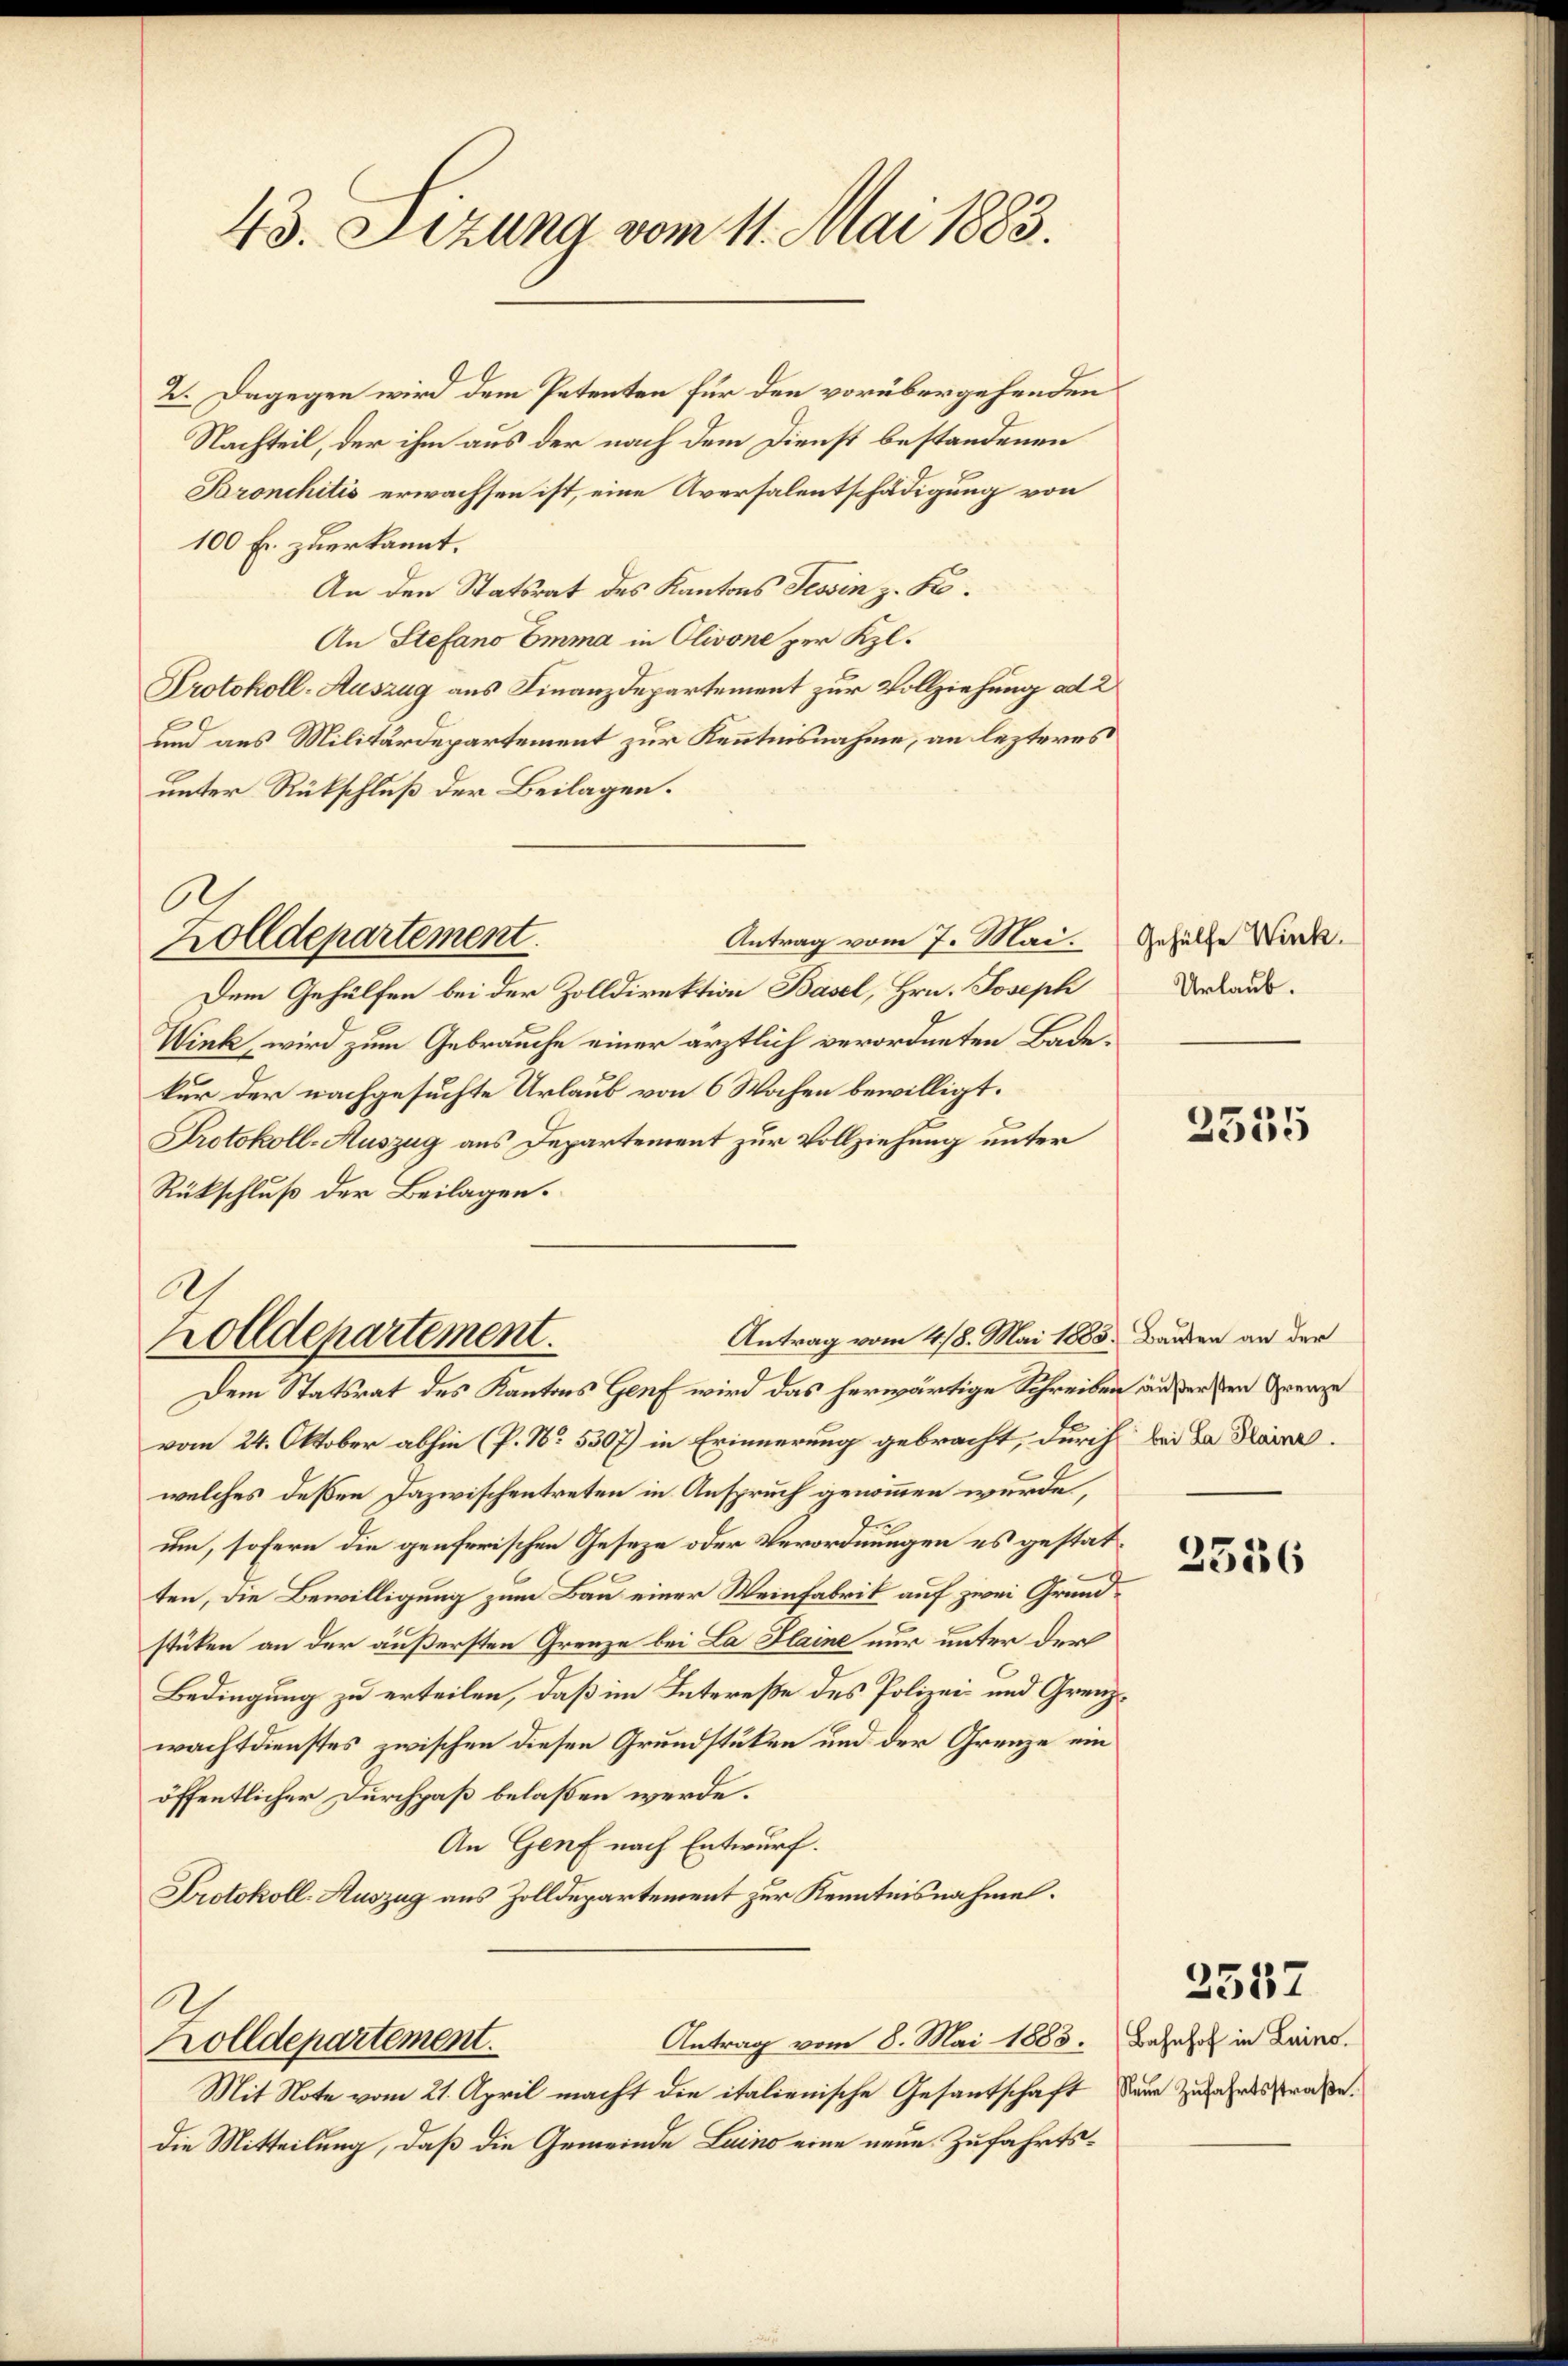
43. Sizung vom 11. Mai 1883.

2. Dagegen wird dem Petenten für den vorübergehenden
Nachteil, der ihm aus der nach dem Dienst bestandenen
Bronchitis erwachsen ist, eine Aversalentschädigung von
100 Fr. zuerkannt.
An den Statsrat des Kantons Tessin z. B.
An Stefano Emma in Olivone per Kl.
Protokoll-Auszug aus Finanzdepartement zur Vollziehung ad 2
und aus Militärdepartement zur Kenntnisnahme, an lezteres
unter Rückschluß der Beilagen.
6
Antrag vom 7. Mai.
zolldepartement.
Dem Gehülfen bei der Zolldirektion Basel, Hrn. Joseph
Wink, wird zum Gebrauche einer ärztlich verordneten Badekur der nachgesuchte Urlaub von 6 Wochen bewilligt.
Protokoll-Auszug aus Departement zur Vollziehung unter
Rückschluß der Beilagen.

Antrag vom 418. Mai 1885. Bauten an der
Dem Statsrat des Kantons Genf wird das herwärtige Schreiben außersten Grenze
vom 24. Oktober abhin (P. Nr. 5307) in Erinnerung gebracht, durch bei da dara
welches deßen Dazwischentreten in Anspruch genommen wurde,
um, sofern die genferischen Geseze oder Verordnungen es gestatten, die Bewilligung zum Bau einer Weinfabrik auf zwei Grundstüken an der äußersten Grenze bei La Plaine nur unter der
Bedingung zu erteilen, daß im Intereße des Polizei- und Grenzwachtdienstes zwischen diesen Grundstüken und der Grenze ein
öffentlicher Durchpaß belaßen werde.
An Genf nach Entwurf.
Protokoll- Auszug aus Zolldepartement zur Kenntnisnahme.
Antrag vom 8. Mai 1883.
Zolldepartement.
Mit Note vom 21. April macht die italienische Gesantschaft der Zufahrtsstraße.
die Mitteilung, daß die Gemeinde Luino eine neue Zufahrts¬

zolldepartement.

Gehülfe Wink
Urlaub.

2535

2556

2557

Bahnhof in Luino.